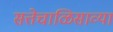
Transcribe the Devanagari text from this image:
सत्तेचाळिसाव्या